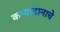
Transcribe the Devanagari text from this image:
कन्यादानाचे